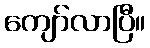
ကျော်လာပြီ။